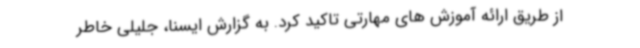
از طریق ارائه آموزش های مهارتی تاکید کرد. به گزارش ایسنا، جلیلی خاطر